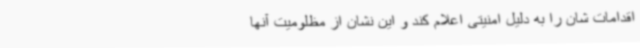
اقدامات شان را به دلیل امنیتی اعلام کند و این نشان از مظلومیت آنها